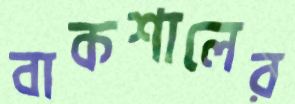
বাকশালের